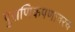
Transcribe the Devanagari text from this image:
पुराणिकपणावरच